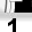
Digit: 1